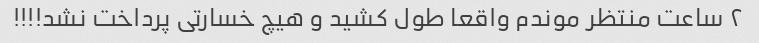
۲ ساعت منتظر موندم واقعا طول کشید و هیچ خسارتی پرداخت نشد!!!!